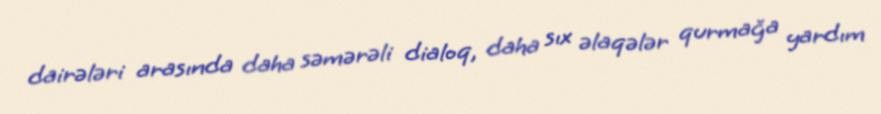
dairələri arasında daha səmərəli dialoq, daha sıx əlaqələr qurmağa yardım